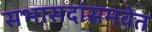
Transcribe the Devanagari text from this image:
सभासदांसमवेत